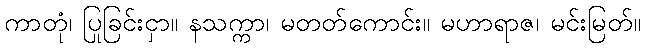
ကာတုံ၊ ပြုခြင်းငှာ။ နသက္ကာ၊ မတတ်ကောင်း။ မဟာရာဇ၊ မင်းမြတ်။